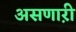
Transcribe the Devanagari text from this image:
असणाऱी